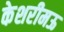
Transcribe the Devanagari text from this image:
केशरीमऊ